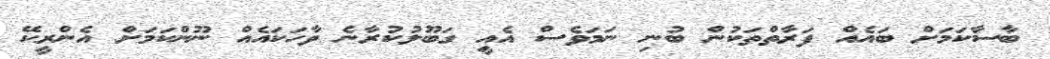
ބާސާކަމަށް ބައެއް ފަރާތްތަކުން ބުނި ނަމަވެސް އެއީ ގަބޫލުކުރާނެ ވާހަކައެއް ނޫންކަމަށް އެންރީކޭ